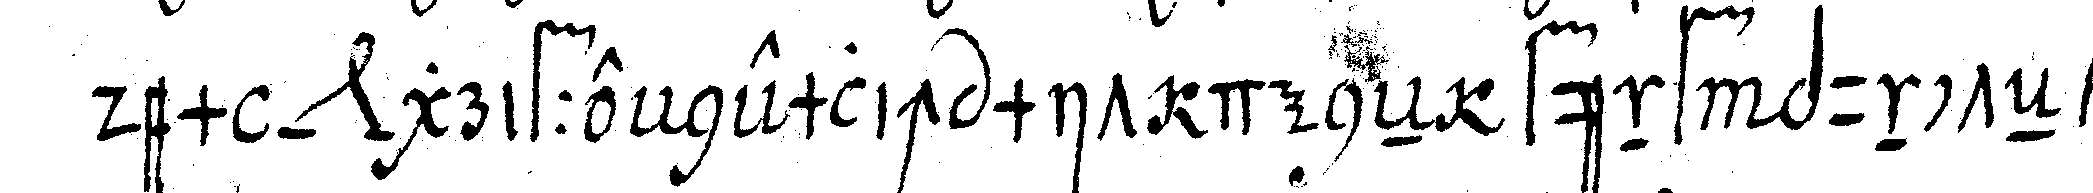
dem *nee* griffe nemlich mit deneN fünf puncteN